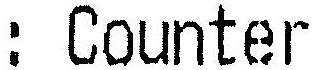
: COUNTER